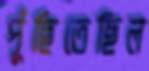
পুঁছিতেছিল